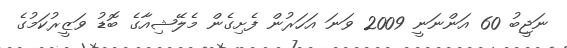
ނަޖީބު 60 އަންނަނީ 2009 ވަނަ އަހަރުން ފެށިގެން މެލޭޝިއާގެ ބޮޑު ވަޒީރުކަމުގެ